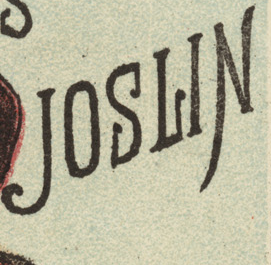
JOSLIN